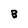
Character: B